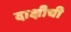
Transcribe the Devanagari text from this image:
दाक्षीची